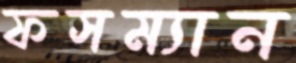
ফসম্যান